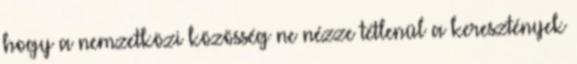
hogy a nemzetközi közösség ne nézze tétlenül a keresztények